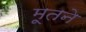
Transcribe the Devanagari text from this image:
मूतने